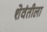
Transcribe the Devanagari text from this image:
शेवंतीला